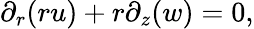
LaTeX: {\partial_{r}({ru})}+r{\partial_{z}({w})}=0,